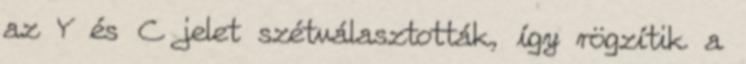
az Y és C jelet szétválasztották, így rögzítik a